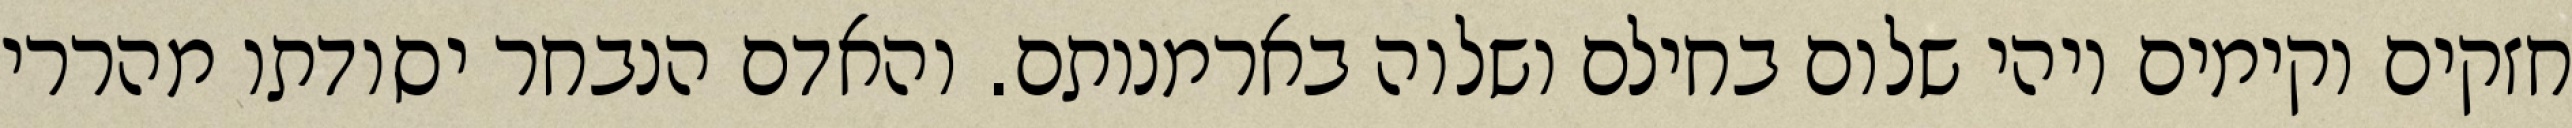
חזקים וקימים ויהי שלום בחילם ושלוה בארמנותם. והאדם הנבחר יסודתו מהררי